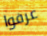
عرفوا